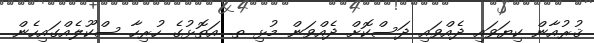
ޤުރުއާން ކިޔަވައި ދެއްވައި ދަސްކޮށް ދެއްވަން މުޅި ތ. އަތޮޅުގެ ހުރިހާ ސްކޫލެއްގައިހެން